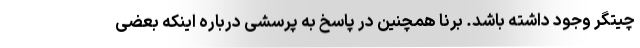
چیتگر وجود داشته باشد. برنا همچنین در پاسخ به پرسشی درباره اینکه بعضی